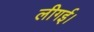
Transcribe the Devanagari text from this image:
लीगई।